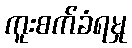
ကူးစက်ခံရမှု